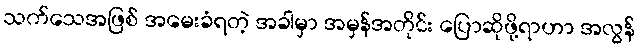
သက်သေအဖြစ် အမေးခံရတဲ့ အခါမှာ အမှန်အတိုင်း ပြောဆိုဖို့ရာဟာ အလွန်